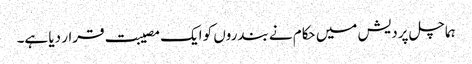
ہماچل پردیش میں حکام نے بندروں کو ایک مصیبت قرار دیا ہے۔